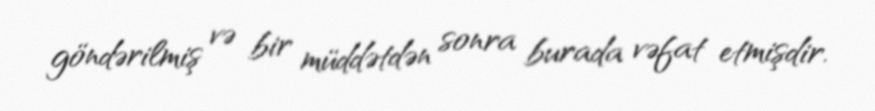
göndərilmiş və bir müddətdən sonra burada vəfat etmişdir.